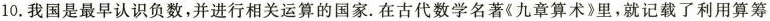
10.我国是最早认识负数，并进行相关运算的国家.在古代数学名著《九章算术》里，就记载了利用算筹